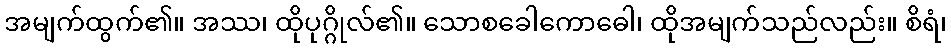
အမျက်ထွက်၏။ အဿ၊ ထိုပုဂ္ဂိုလ်၏။ သောစခေါကောဓေါ၊ ထိုအမျက်သည်လည်း။ စိရံ၊